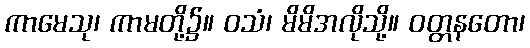
ကာမေသု၊ ကာမတို့၌။ ဝသံ၊ မိမိအလိုသို့။ ဝတ္တနတော၊